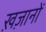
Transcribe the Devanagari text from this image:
ख़ज़ानों